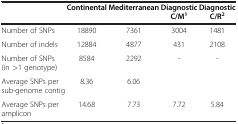
<table><thead><tr><td><b> </b></td><td><b>Continental</b></td><td><b>Mediterranean</b></td><td><b>Diagnostic C/M<sup>1</sup></b></td><td><b>Diagnostic C/R<sup>2</sup></b></td></tr></thead><tbody><tr><td>Number of SNPs</td><td>18890</td><td>7361</td><td>3004</td><td>1481</td></tr><tr><td>Number of indels</td><td>12884</td><td>4877</td><td>431</td><td>2108</td></tr><tr><td>Number of SNPs(in &gt;1 genotype)</td><td>8584</td><td>2292</td><td>-</td><td>-</td></tr><tr><td>Average SNPs per sub-genome contig</td><td>8.36</td><td>6.06</td><td> </td><td> </td></tr><tr><td>Average SNPs per amplicon</td><td>14.68</td><td>7.73</td><td>7.72</td><td>5.84</td></tr></tbody></table>